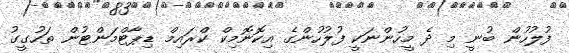
ފުލުހުން ބުނީ މި ދެ މީހުންނަކީ ފުލުހުންގެ އިކޮނޮމިކް ކްރައިމް ޑިޕާޓްމަންޓުން ތަހުގީގު